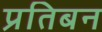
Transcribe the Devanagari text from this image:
प्रतिबन